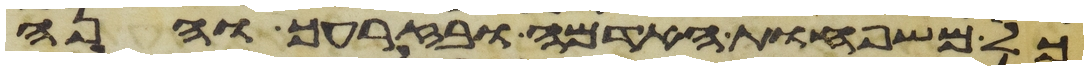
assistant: כל משפחות האדמה ובזרעך והנה